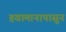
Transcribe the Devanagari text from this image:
हवामानापासुन